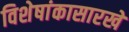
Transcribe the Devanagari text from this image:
विशेषांकासारखे